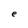
Character: e